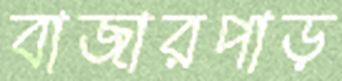
বাজারপাড়